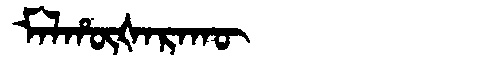
Manchu: ᠮᠠᠯᡥᡡᡧᠠᡵᠠᡴᡡ
Romanization: MALHŪŠARAKŪ